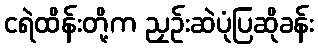
ငရဲထိန်းတို့က ညှဉ်းဆဲပုံပြဆိုခန်း